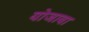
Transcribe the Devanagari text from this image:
योजावा